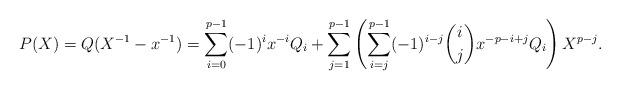
LaTeX: \begin{align*}P(X)=Q(X^{-1}-x^{-1})=\sum_{i=0}^{p-1}(-1)^ix^{-i}Q_i+\sum_{j=1}^{p-1}\left(\sum_{i=j}^{p-1}(-1)^{i-j}{i\choose j}x^{-p-i+j}Q_i\right)X^{p-j}.\end{align*}